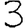
Digit: 3